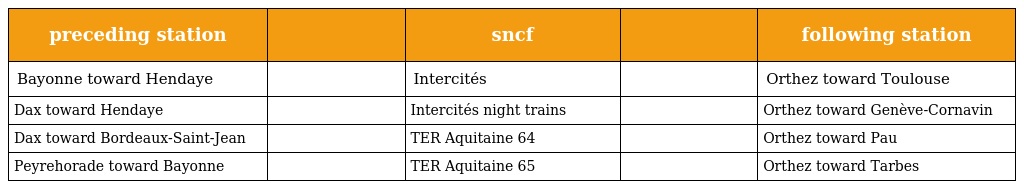
| preceding station |  | sncf |  | following station |
 | --- | --- | --- | --- | --- |
 | Bayonne toward Hendaye |  | Intercités |  | Orthez toward Toulouse |
 | Dax toward Hendaye |  | Intercités night trains |  | Orthez toward Genève-Cornavin |
 | Dax toward Bordeaux-Saint-Jean |  | TER Aquitaine 64 |  | Orthez toward Pau |
 | Peyrehorade toward Bayonne |  | TER Aquitaine 65 |  | Orthez toward Tarbes |